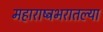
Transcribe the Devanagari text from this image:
महाराष्ट्रभरातल्या